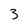
Character: 3